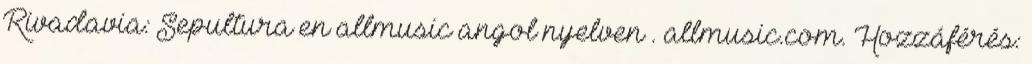
Rivadavia: Sepultura en allmusic angol nyelven . allmusic.com. Hozzáférés: